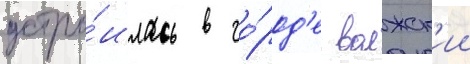
устро́илась в го́род'е волжск'ии